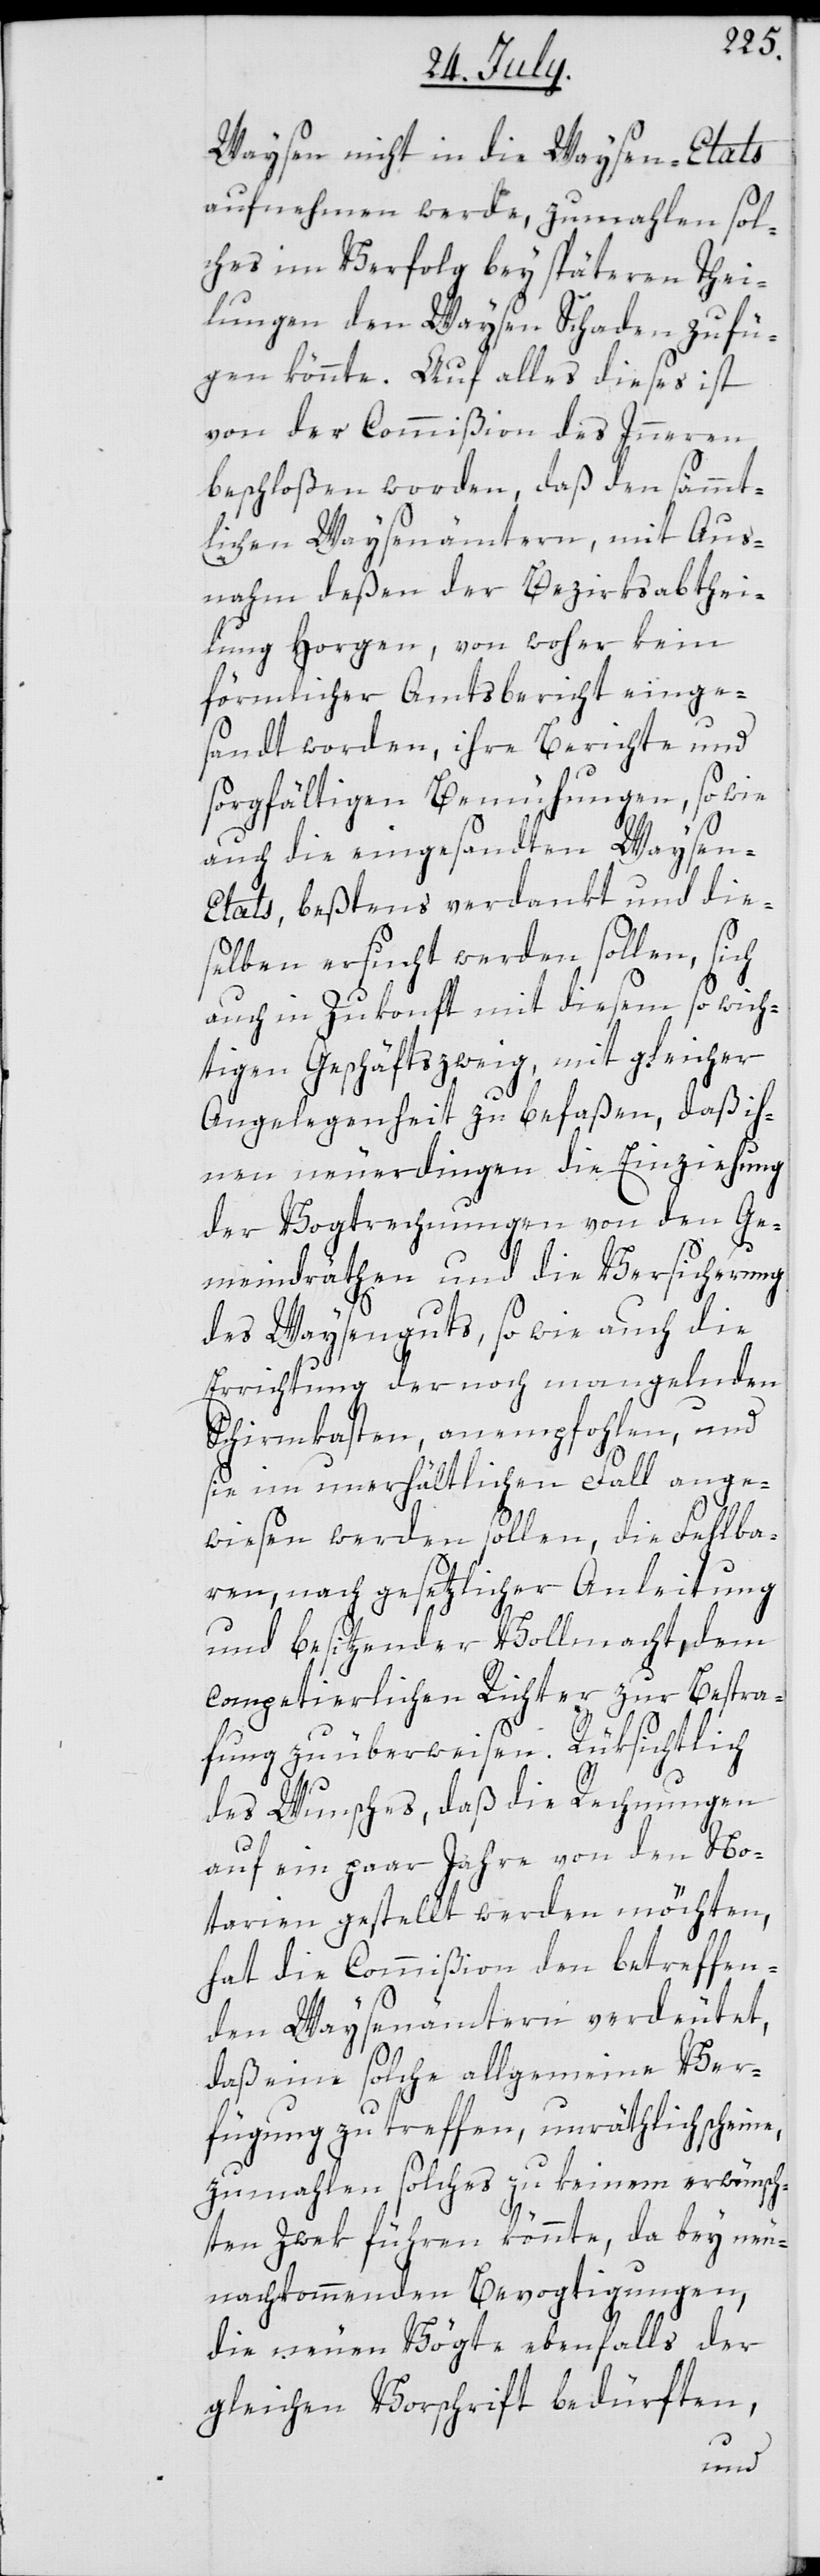
Waysen nicht in die Waysen-Etats
aufnehmen werde, zumahlen sol¬
ches im Verfolg bey späteren Thei¬
lungen den Waysen Schaden zufü¬
hren könnte. Auf alles dieses ist
von der Commißion des Innern
beschloßen worden, daß den sämmt¬
lichen Waysenämtern, mit Aus¬
nahm deßen der Bezirksabthei¬
lung Horgen, von woher kein
förmlicher Amtsbericht einge¬
sandt worden, ihre Berichte und
sorgfältigen Bemühungen, sowie
auch die eingesandten Waysen-E¬
tats, beßtens verdankt und die¬
selben ersucht werden sollen, sich
auch in Zukonft mit diesem so wich¬
tigen Geschäftszweig, mit gleicher
Angelegenheit zu befaßen, daß ih¬
nen neuerdingen die Einziehung
der Vogtrechnungen von den Ge¬
meindräthen und die Versicherung
des Waysenguts, so wie auch die
Errichtung der noch mangelnden
Schirmkasten, anempfohlen, und
sie im unerhältlichen Fall ange¬
wiesen werden sollen, die Fehlba¬
ren, nach gesetzlicher Anleitung
und besitzender Vollmacht, dem
competierlichen Richter zur Bestra¬
fung zu überweisen. Rüksichtlich
des Wunsches, daß die Rechnungen
auf ein paar Jahre von den No¬
tarien gestellt werden möchten,
hat die Commißion den betreffen¬
den Waysenämtern verdeutet,
daß eine solche allgemeine Ver¬
fügung zu treffen, unräthlich scheine,
zumahlen solches zu keinem erwünsch¬
ten Zwek führen könnte, da bey neu¬
nachkommenden Bevogtigungen,
die neuen Vögte ebenfalls der
gleichen Vorschrift bedürften,